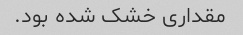
مقداری خشک شده بود.